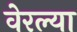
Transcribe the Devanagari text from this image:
वेरल्या